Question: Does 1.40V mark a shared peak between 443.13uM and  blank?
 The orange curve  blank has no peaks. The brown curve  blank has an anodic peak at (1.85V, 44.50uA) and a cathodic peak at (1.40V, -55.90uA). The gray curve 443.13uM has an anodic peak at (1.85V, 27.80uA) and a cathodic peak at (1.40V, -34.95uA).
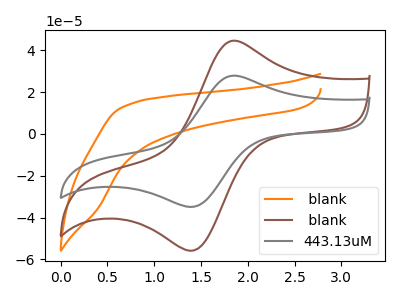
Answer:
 <answer>Yes, "443.13uM" and " blank" share a peak at 1.40V.</answer>
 <eval>match</eval>